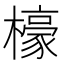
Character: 檺